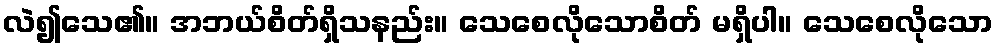
လဲ၍သေ၏။ အဘယ်စိတ်ရှိသနည်း။ သေစေလိုသောစိတ် မရှိပါ။ သေစေလိုသော